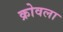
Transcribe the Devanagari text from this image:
क्रोवला